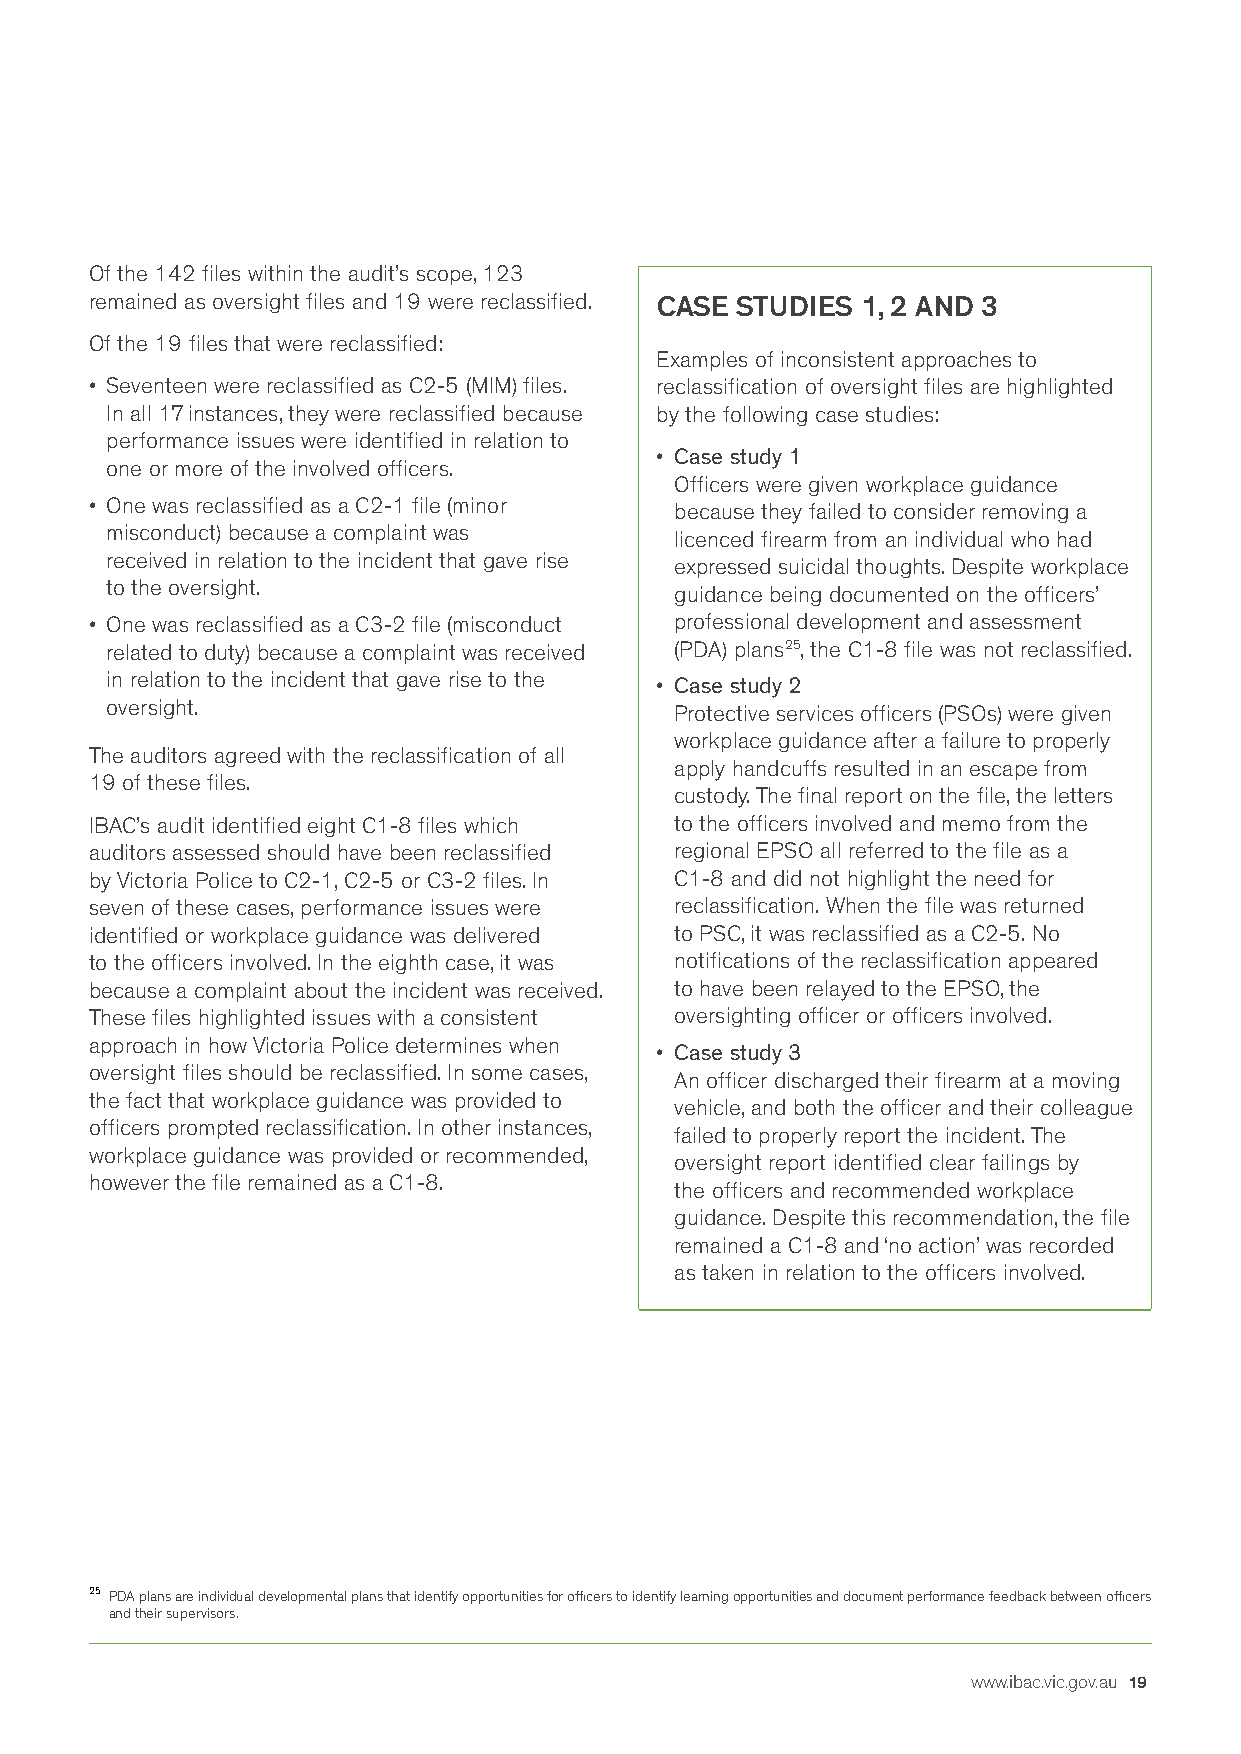
Of the 142 files within the audit’s scope, 123
 remained as oversight files and 19 were reclassified. CASE STUDIES 1, 2 AND 3
 Of the 19 files that were reclassified:
 Examples of inconsistent approaches to
 • Seventeen were reclassified as C2-5 (MIM) files. reclassification of oversight files are highlighted
 In all 17 instances, they were reclassified because by the following case studies:
 performance issues were identified in relation to
 • Case study 1
 one or more of the involved officers.
 Officers were given workplace guidance
 • One was reclassified as a C2-1 file (minor because they failed to consider removing a
 misconduct) because a complaint was   licenced firearm from an individual who had
 received in relation to the incident that gave rise expressed suicidal thoughts. Despite workplace
 to the oversight.                     guidance being documented on the officers’
 • One was reclassified as a C3-2 file (misconduct professional development and assessment
 related to duty) because a complaint was received (PDA) plans25, the C1-8 file was not reclassified.
 in relation to the incident that gave rise to the • Case study 2
 oversight.                            Protective services officers (PSOs) were given
 workplace guidance after a failure to properly
 The auditors agreed with the reclassification of all
 apply handcuffs resulted in an escape from
 19 of these files.
 custody. The final report on the file, the letters
 IBAC’s audit identified eight C1-8 files which to the officers involved and memo from the
 auditors assessed should have been reclassified regional EPSO all referred to the file as a
 by Victoria Police to C2-1, C2-5 or C3-2 files. In C1-8 and did not highlight the need for
 seven of these cases, performance issues were reclassification. When the file was returned
 identified or workplace guidance was delivered to PSC, it was reclassified as a C2-5. No
 to the officers involved. In the eighth case, it was notifications of the reclassification appeared
 because a complaint about the incident was received. to have been relayed to the EPSO, the
 These files highlighted issues with a consistent oversighting officer or officers involved.
 approach in how Victoria Police determines when
 • Case study 3
 oversight files should be reclassified. In some cases,
 An officer discharged their firearm at a moving
 the fact that workplace guidance was provided to
 vehicle, and both the officer and their colleague
 officers prompted reclassification. In other instances,
 failed to properly report the incident. The
 workplace guidance was provided or recommended,
 oversight report identified clear failings by
 however the file remained as a C1-8.
 the officers and recommended workplace
 guidance. Despite this recommendation, the file
 remained a C1-8 and ‘no action’ was recorded
 as taken in relation to the officers involved.
 25 PDA plans are individual developmental plans that identify opportunities for officers to identify learning opportunities and document performance feedback between officers
 and their supervisors.
 www.ibac.vic.gov.au 19